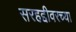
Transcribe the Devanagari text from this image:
सरहद्दीवरच्या